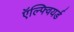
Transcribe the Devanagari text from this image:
ऍल्फ्वियर्ड